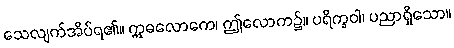
သေလျက်အိပ်ရ၏။ ဣဓလောကေ၊ ဤလောက၌။ ပရိက္ခဝါ၊ ပညာရှိသော။